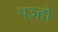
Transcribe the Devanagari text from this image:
पञ्हो